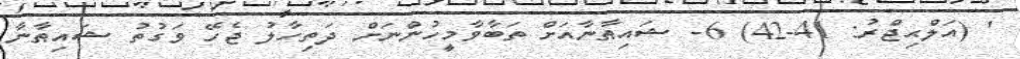
' (އަލްޙިޖްރު: 41-42) 6- ޝައިޠާނާއަށް ތަބާވާމީހުންނަށް ދަތިހާލު ޖެހޭ ވަގުތު ޝައިޠާނާ